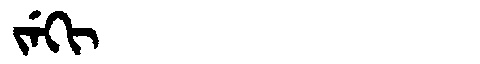
Manchu: ᠵᡝᡴᡳ
Romanization: JEKI